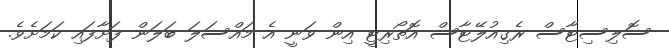
ސޮލިސިޓާސް ރެގިއުލޭޓާސް އޮތޯރިޓީ އިން ވަނީ އެ މައްސަލަ ބަލަން ފަށާފައި ކަމަށެވެ.